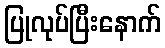
ပြုလုပ်ပြီးနောက်